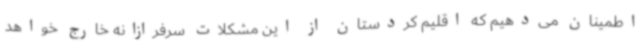
اطمینان می‌دهیم که اقلیم کردستان از این مشکلات سرفرازانه خارج خواهد